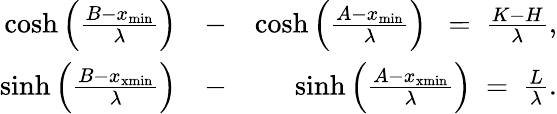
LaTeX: \begin{array}{rlr}{\cosh\left(\frac{B-x_{\mathrm{min}}}{\lambda}\right)}&{-}&{\cosh\left(\frac{A-x_{\mathrm{min}}}{\lambda}\right)~~=~\frac{K-H}{\lambda},}\\ {\sinh\left(\frac{B-x_{\mathrm{xmin}}}{\lambda}\right)}&{-}&{\sinh\left(\frac{A-x_{\mathrm{xmin}}}{\lambda}\right)~=~\frac{L}{\lambda}.}\end{array}